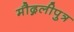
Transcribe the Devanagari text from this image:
मौद्गलीपुत्र